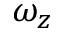
\omega _ { z }